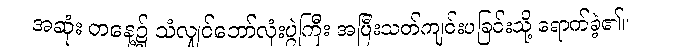
အဆုံး တနေ့၌ သံလျှင်ဘော်လုံးပွဲကြီး အပြီးသတ်ကျင်းပခြင်းသို့ ရောက်ခဲ့၏။